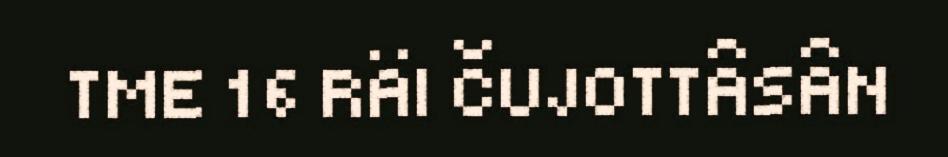
TME 16 RÄI ČUJOTTÂSÂN